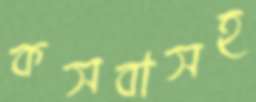
কসবাসহ